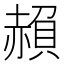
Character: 𮚱